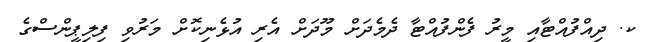
ކ. ދިއްފުއްޓާއި މީރު ފެންފުއްޓާ ދެމެދަށް މޫދަށް އެރި އުޅެނިކޮށް މަރުވި ފިލިޕީންސްގެ